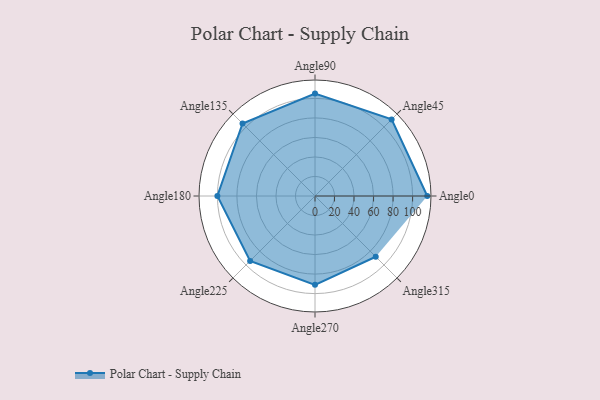
{"axis": {"x": "Angle", "y": "Radius"}, "legend": [""], "data": [{"x": "Angle0", "y": 115.0, "type": ""}, {"x": "Angle45", "y": 111.0, "type": ""}, {"x": "Angle90", "y": 105.0, "type": ""}, {"x": "Angle135", "y": 105.0, "type": ""}, {"x": "Angle180", "y": 100.0, "type": ""}, {"x": "Angle225", "y": 94.0, "type": ""}, {"x": "Angle270", "y": 91.0, "type": ""}, {"x": "Angle315", "y": 88.0, "type": ""}]}